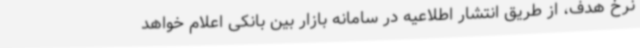
نرخ هدف، از طریق انتشار اطلاعیه در سامانه بازار بین‌ بانکی اعلام خواهد